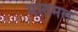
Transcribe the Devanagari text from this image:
मस्तमल